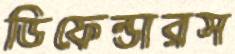
ডিফেন্ডারস